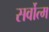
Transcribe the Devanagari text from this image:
सर्वोत्‍म